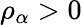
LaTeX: \rho_{\alpha}>0